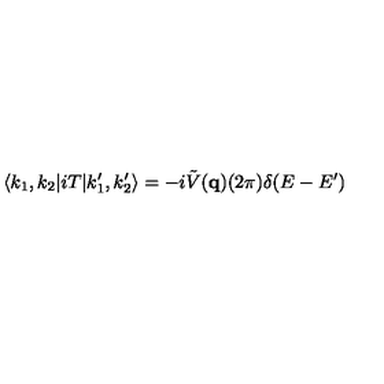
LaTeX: \langle k _ { 1 } , k _ { 2 } | i T | k _ { 1 } ^ { \prime } , k _ { 2 } ^ { \prime } \rangle = - i \tilde { V } ( { \bf q } ) ( 2 \pi ) \delta ( E - E ^ { \prime } )